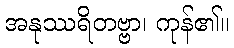
အနုဿရိတဗ္ဗာ၊ ကုန်၏။